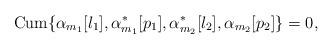
LaTeX: \begin{align*}\mathrm{Cum}\{\alpha_{m_1}[l_1],\alpha_{m_1}^*[p_1],\alpha_{m_2}^*[l_2],\alpha_{m_2}[p_2]\}=0,\end{align*}